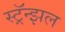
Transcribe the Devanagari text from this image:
स्ट्रॅन्झल